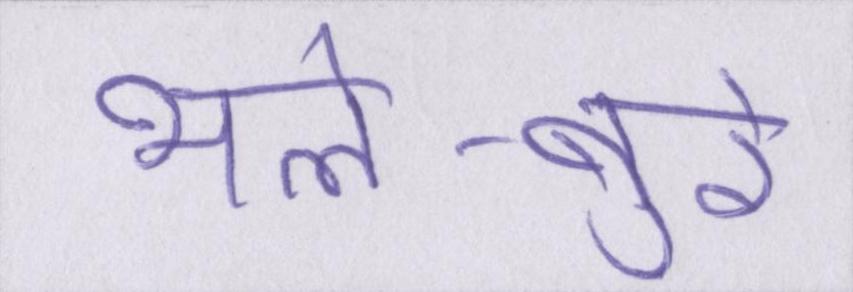
भले-बुरे